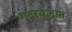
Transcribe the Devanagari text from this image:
गदरयुद्धात